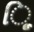
ૂિ